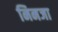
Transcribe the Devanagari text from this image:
निनजा